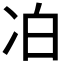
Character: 𪞜